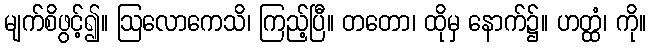
မျက်စိဖွင့်၍။ ဩလောကေသိ၊ ကြည့်ပြီ။ တတော၊ ထိုမှ နောက်၌။ ဟတ္ထံ၊ ကို။